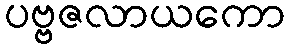
ပဗ္ဗဇလာယကော